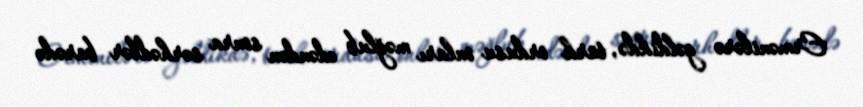
Ermənilərə gəldikdə, türk ordusu onları məğlub edəndən sonra sərhədlər barədə